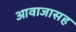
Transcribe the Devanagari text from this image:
आवाजासह